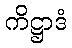
ကိဋ္ဌာဒံ